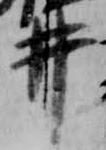
井